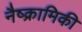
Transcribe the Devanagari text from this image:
नैष्क्रामिकी